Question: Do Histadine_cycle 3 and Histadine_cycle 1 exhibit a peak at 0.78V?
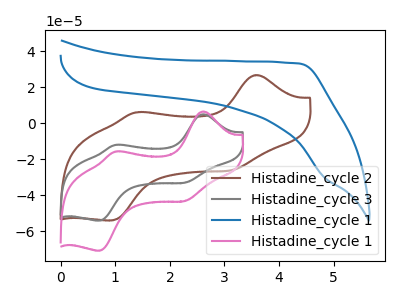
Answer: <think>The brown curve "Histadine_cycle 2" has anodic peaks at (3.55V, 26.80uA) (1.40V, 6.15uA) and cathodic peaks at (3.10V, -26.10uA) (0.95V, -53.90uA). The gray curve "Histadine_cycle 3" has anodic peaks at (2.60V, 5.00uA) (1.00V, -12.00uA) and cathodic peaks at (2.30V, -32.90uA) (0.70V, -54.05uA). The blue curve "Histadine_cycle 1" has no peaks. The pink curve "Histadine_cycle 1" has anodic peaks at (2.60V, 6.55uA) (1.00V, -15.75uA) and cathodic peaks at (2.30V, -43.10uA) (0.70V, -70.75uA).</think>
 <answer>No, "Histadine_cycle 3" and "Histadine_cycle 1" dont share a peak at 0.78V.</answer>
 <eval>mismatch</eval>